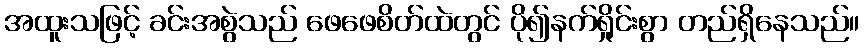
အထူးသဖြင့် ခင်းအစွဲသည် ဖေဖေစိတ်ထဲတွင် ပို၍နက်ရှိုင်းစွာ တည်ရှိနေသည်။